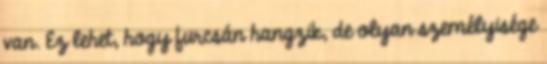
van. Ez lehet, hogy furcsán hangzik, de olyan személyisége